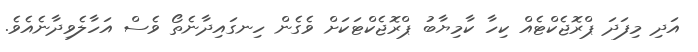
އަދި މިފަދަ ޕްރޮޖެކްޓެއް ކިހާ ކާމިޔާބު ޕްރޮޖެކްޓަކަށް ވެގެން ހިނގައިދާނެތޯ ވެސް އަހާލެވިދާނެއެވެ.